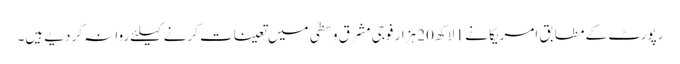
رپورٹ کے مطابق امریکا نے 1 لاکھ 20 ہزار فوجی مشرق وسطیٰ میں تعینات کرنے کیلئے روانہ کر دیے ہیں۔